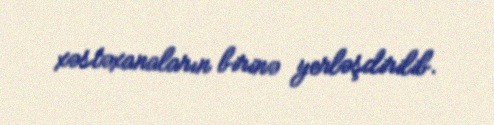
xəstəxanaların birinə yerləşdirilib.